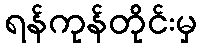
ရန်ကုန်တိုင်းမှ